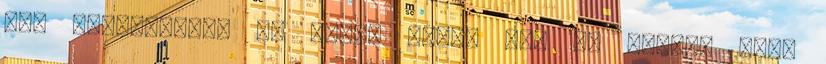
már gimnazista. Jó látni rajta azt az egyéni ízt,